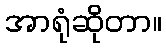
အာရုံဆိုတာ။